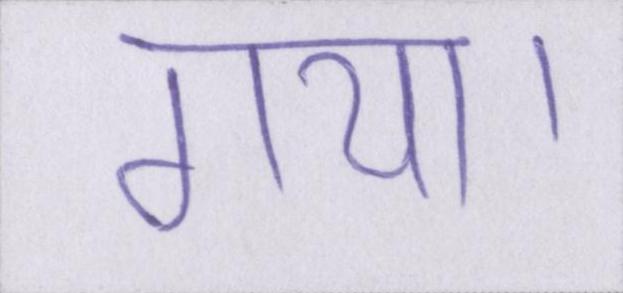
गया।